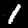
Digit: 1